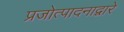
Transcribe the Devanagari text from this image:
प्रजोत्पादनाद्वारे